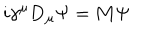
i \gamma ^ { \mu } { \bf D } _ { \mu } \Psi = { \bf M } \Psi